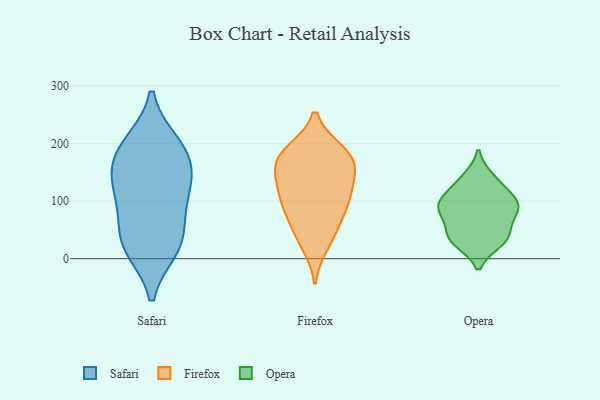
{"axis": {"x": "Budget (USD K)", "y": "Value"}, "legend": ["Firefox", "Opera", "Safari"], "data": [{"x": "", "y": 197, "type": "Safari"}, {"x": "", "y": 31, "type": "Safari"}, {"x": "", "y": 162, "type": "Safari"}, {"x": "", "y": 111, "type": "Safari"}, {"x": "", "y": 132, "type": "Safari"}, {"x": "", "y": 18, "type": "Safari"}, {"x": "", "y": 173, "type": "Safari"}, {"x": "", "y": 21, "type": "Safari"}, {"x": "", "y": 115, "type": "Safari"}, {"x": "", "y": 63, "type": "Safari"}, {"x": "", "y": 200, "type": "Safari"}, {"x": "", "y": 186, "type": "Firefox"}, {"x": "", "y": 121, "type": "Firefox"}, {"x": "", "y": 165, "type": "Firefox"}, {"x": "", "y": 98, "type": "Firefox"}, {"x": "", "y": 141, "type": "Firefox"}, {"x": "", "y": 118, "type": "Firefox"}, {"x": "", "y": 25, "type": "Firefox"}, {"x": "", "y": 184, "type": "Firefox"}, {"x": "", "y": 45, "type": "Firefox"}, {"x": "", "y": 173, "type": "Firefox"}, {"x": "", "y": 171, "type": "Firefox"}, {"x": "", "y": 71, "type": "Firefox"}, {"x": "", "y": 91, "type": "Firefox"}, {"x": "", "y": 33, "type": "Opera"}, {"x": "", "y": 101, "type": "Opera"}, {"x": "", "y": 88, "type": "Opera"}, {"x": "", "y": 140, "type": "Opera"}, {"x": "", "y": 131, "type": "Opera"}, {"x": "", "y": 42, "type": "Opera"}, {"x": "", "y": 78, "type": "Opera"}, {"x": "", "y": 104, "type": "Opera"}, {"x": "", "y": 78, "type": "Opera"}, {"x": "", "y": 94, "type": "Opera"}, {"x": "", "y": 37, "type": "Opera"}, {"x": "", "y": 30, "type": "Opera"}]}